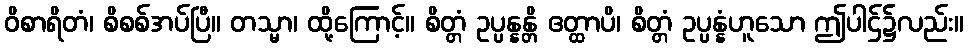
ဝိစာရိတံ၊ စိစစ်အပ်ပြီ။ တသ္မာ၊ ထို့ကြောင့်။ စိတ္တံ ဥပ္ပန္နန္တိ ဧတ္ထာပိ၊ စိတ္တံ ဥပ္ပန္နံဟူသော ဤပါဌ်၌လည်း။